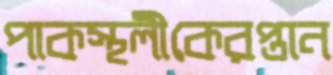
পাকস্থলীকেরপ্তান